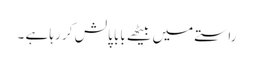
راستے میں بیٹھے بابا پالش کر رہا ہے ۔